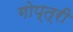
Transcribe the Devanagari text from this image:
गोप्त्री